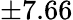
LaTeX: \pm 7.66